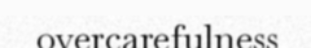
overcarefulness